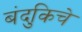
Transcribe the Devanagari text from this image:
बंदुकिचे